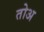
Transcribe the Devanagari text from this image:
तोअ